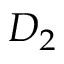
D _ { 2 }